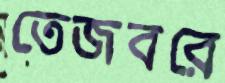
তেজবরে